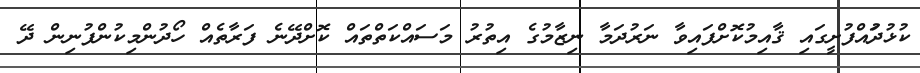
ކުޅުދުައްފުށީގައި ޤާއިމުކޮށްފައިވާ ނަރުދަމާ ނިޒާމުގެ އިތުރު މަސައްކަތްތައް ކޮށްދޭނެ ފަރާތެއް ހޯދުންމިކުންފުނިން ދޭ